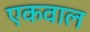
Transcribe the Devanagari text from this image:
एकवाल